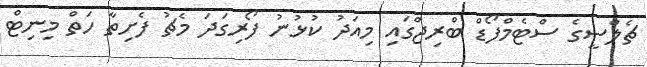
ޗެލްސީގެ ސްޓެމްފޯޑް ބްރިޖްގައި މިއަދު ކުޅުނު ފޯރިގަދަ މެޗު ފެށިތާ ހަތް މިނިޓް